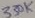
Text: 330K